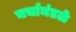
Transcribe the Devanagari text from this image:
चर्चामंडळे